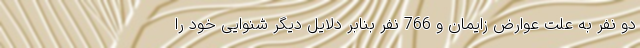
دو نفر به علت عوارض زایمان و 766 نفر بنابر دلایل دیگر شنوایی خود را